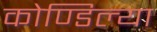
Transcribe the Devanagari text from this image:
कोण्डिल्या